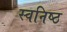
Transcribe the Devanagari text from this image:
स्वनिष्ठ